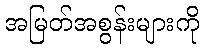
အမြတ်အစွန်းများကို